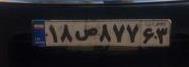
۱۸ص۸۷۷۶۳